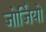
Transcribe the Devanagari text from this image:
जोर्जियो